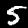
Digit: 5